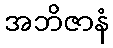
အဘိဇာနံ